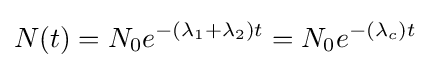
N(t)=N_{0}e^{-(\lambda _{1}+\lambda _{2})t}=N_{0}e^{-(\lambda _{c})t}